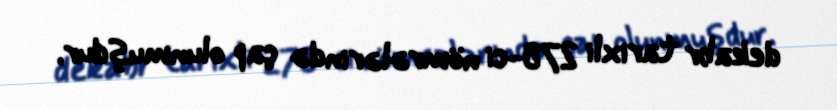
dekabr tarixli 278-ci nömrələrində çap olunmuşdur.